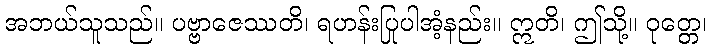
အဘယ်သူသည်။ ပဗ္ဗာဇေဿတိ၊ ရဟန်းပြုပါအံ့နည်း။ ဣတိ၊ ဤသို့။ ဝုတ္တေ၊